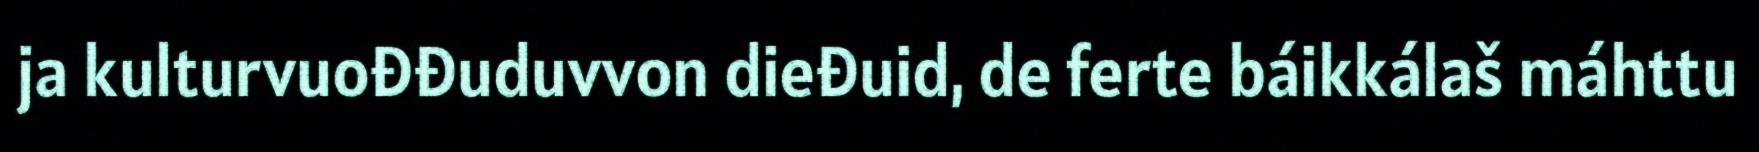
ja kulturvuođđuduvvon dieđuid, de ferte báikkálaš máhttu